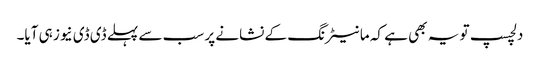
دلچسپ تو یہ بھی ہے کہ مانیٹرنگ کے نشانے پر سب سے پہلے ڈی ڈی نیوز ہی آیا۔